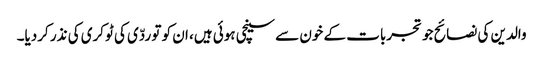
والدین کی نصائح جو تجربات کے خون سے سینچی ہوئی ہیں، ان کو تو ردّی کی ٹوکری کی نذر کردیا۔